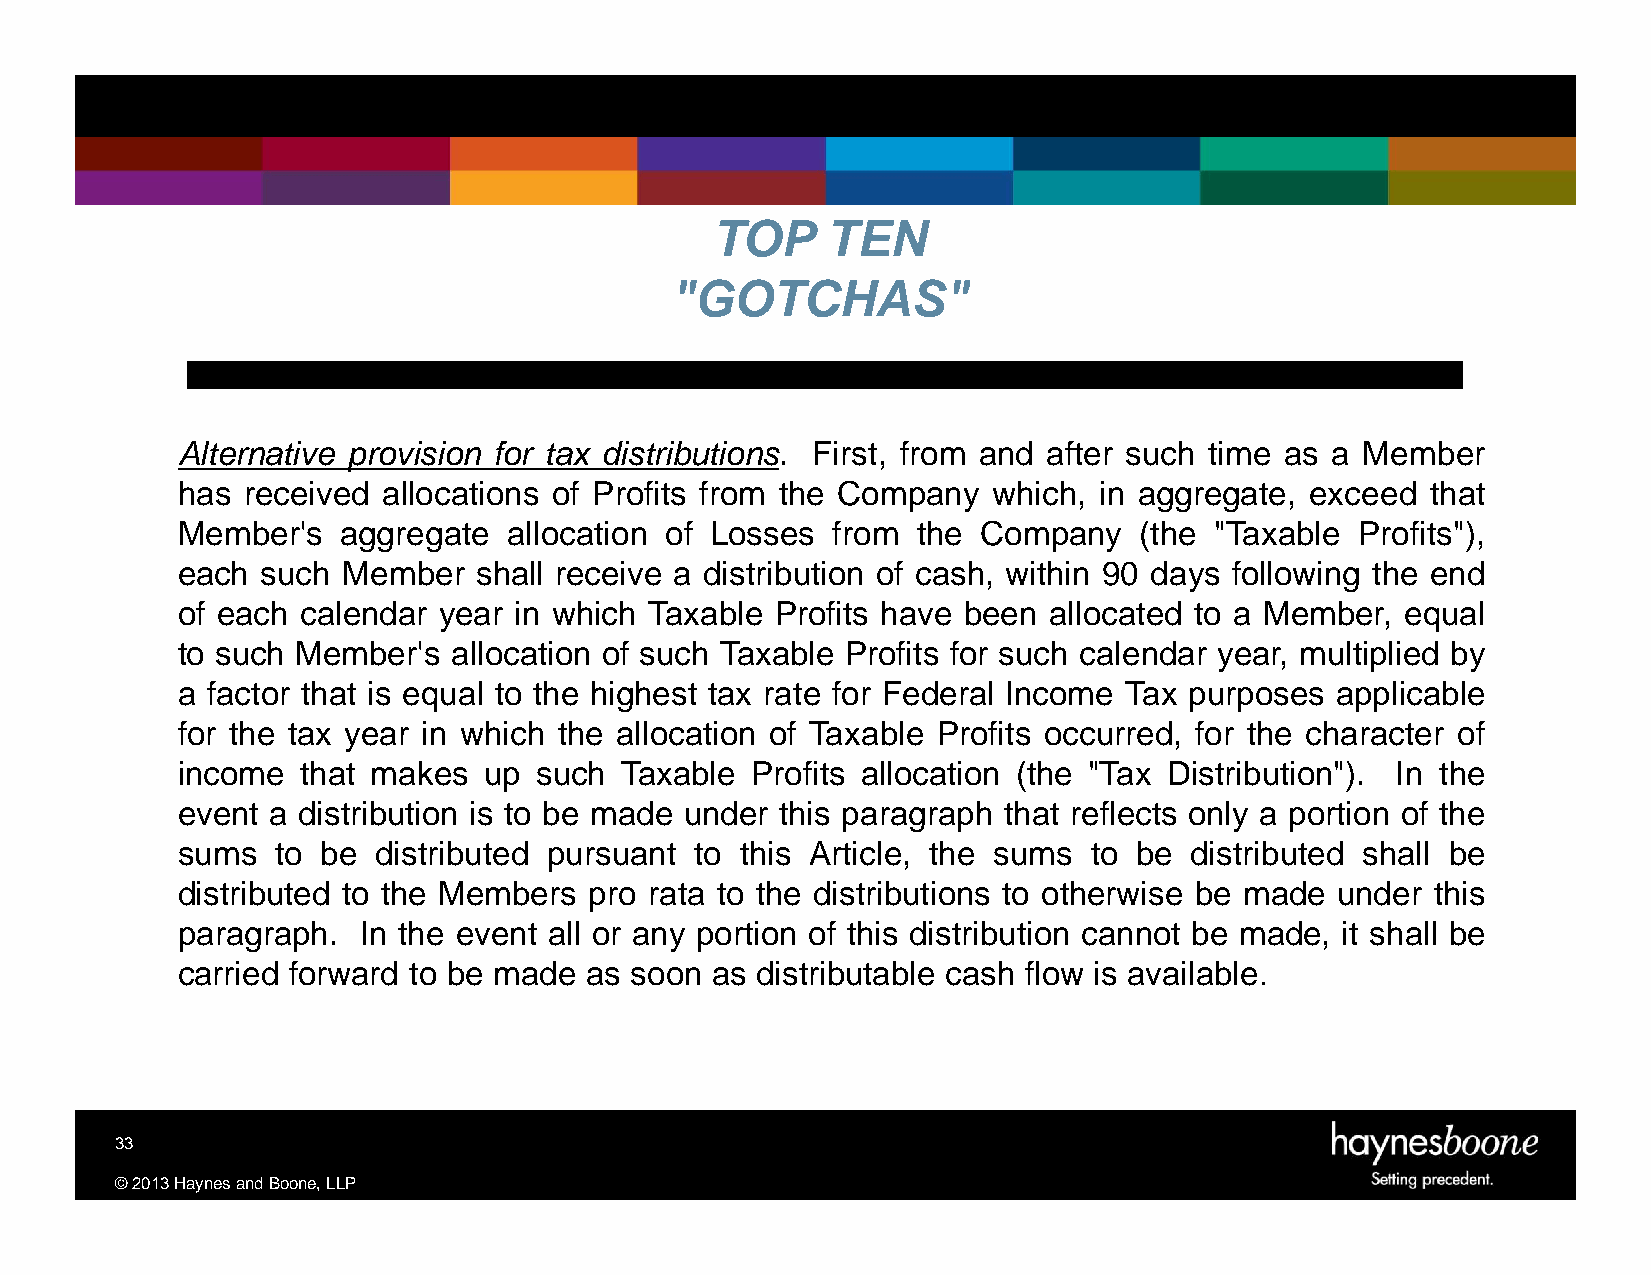
TOP     TEN
 "GOTCHAS"
 Alternative provision for tax distributions. First, from and after such time as a Member
 has received allocations of Profits from the Company  which, in aggregate, exceed  that
 Member's  aggregate   allocation of Losses from  the Company   (the "Taxable  Profits"),
 each such  Member  shall receive a distribution of cash, within 90 days following the end
 of each calendar year in which Taxable Profits have been allocated to a Member,  equal
 to such Member's  allocation of such Taxable Profits for such calendar year, multiplied by
 a factor that is equal to the highest tax rate for Federal Income Tax purposes applicable
 for the tax year in which the allocation of Taxable Profits occurred, for the character of
 income  that makes  up such  Taxable  Profits allocation (the "Tax Distribution"). In the
 event a distribution is to be made under this paragraph that reflects only a portion of the
 sums  to be  distributed pursuant to this Article, the sums to be  distributed shall be
 distributed to the Members pro rata to the distributions to otherwise be made under this
 paragraph.  In the event all or any portion of this distribution cannot be made, it shall be
 carried forward to be made as soon as distributable cash flow is available.
 33
 ©2013HaynesandBoone,LLP